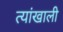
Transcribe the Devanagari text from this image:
त्यांखाली